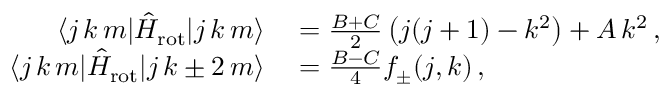
\begin{array} { r l } { \langle j \, k \, m | \hat { H } _ { \mathrm { r o t } } | j \, k \, m \rangle } & { { } = \frac { B + C } { 2 } \left( j ( j + 1 ) - k ^ { 2 } \right) + A \, k ^ { 2 } \, , } \\ { \langle j \, k \, m | \hat { H } _ { \mathrm { r o t } } | j \, k \pm 2 \, m \rangle } & { { } = \frac { B - C } { 4 } f _ { \pm } ( j , k ) \, , } \end{array}